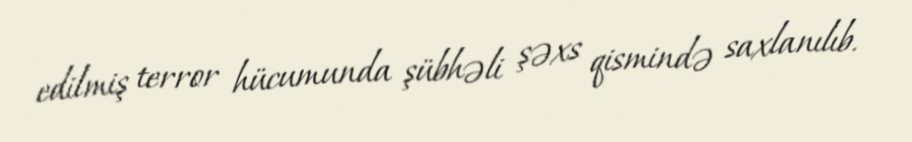
edilmiş terror hücumunda şübhəli şəxs qismində saxlanılıb.